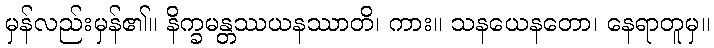
မှန်လည်းမှန်၏။ နိက္ခမန္တဿယနဿာတိ၊ ကား။ သနယေနတော၊ နေရာတူမှ။